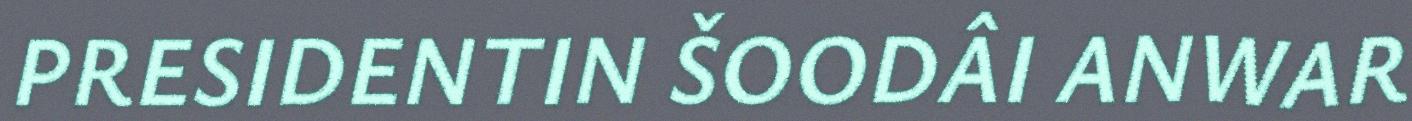
PRESIDENTIN ŠOODÂI ANWAR